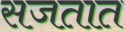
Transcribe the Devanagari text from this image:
सजतात